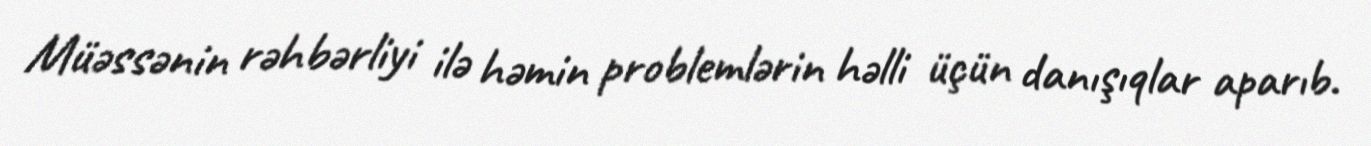
Müəssənin rəhbərliyi ilə həmin problemlərin həlli üçün danışıqlar aparıb.